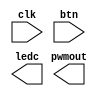
module top(input clk, input [7:0] btn, output [5:0] ledc, output pwmout);

always @(posedge clk) begin
end

endmodule